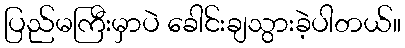
ပြည်မကြီးမှာပဲ ခေါင်းချသွားခဲ့ပါတယ်။